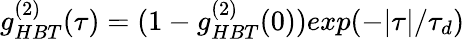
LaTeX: g_{HBT}^{(2)}(\tau)=(1-g_{HBT}^{(2)}(0))exp(-|\tau|/\tau_{d})